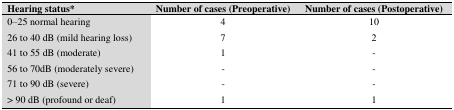
<table><thead><tr><td><b>Hearing status*</b></td><td><b>Number of cases (Preoperative) </b></td><td><b>Number of cases (Postoperative)</b></td></tr></thead><tbody><tr><td>0–25 normal hearing</td><td>4</td><td>10</td></tr><tr><td>26 to 40 dB (mild hearing loss)</td><td>7</td><td>2</td></tr><tr><td>41 to 55 dB (moderate)</td><td>1</td><td>-</td></tr><tr><td>56 to 70dB (moderately severe)</td><td>-</td><td>-</td></tr><tr><td>71 to 90 dB (severe)</td><td>-</td><td>-</td></tr><tr><td>&gt; 90 dB (profound or deaf)</td><td>1</td><td>1</td></tr></tbody></table>